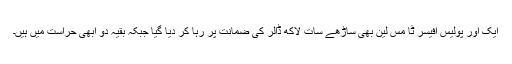
ایک اور پولیس آفیسر ٹا مس لین بھی ساڑھے سات لاکھ ڈالر کی ضمانت پر رہا کر دیا گیا جبکہ بقیہ دو ابھی حراست میں ہیں۔